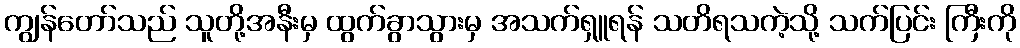
ကျွန်တော်သည် သူတို့အနီးမှ ထွက်ခွာသွားမှ အသက်ရှူရန် သတိရသကဲ့သို့ သက်ပြင်း ကြီးကို